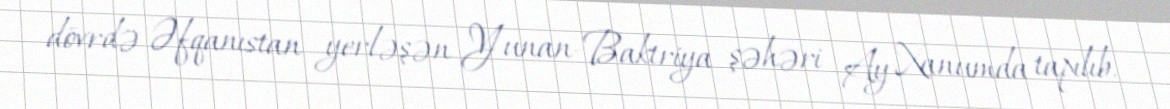
dövrdə Əfqanıstan yerləşən Yunan-Baktriya şəhəri Ay Xanumda tapılıb.